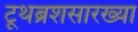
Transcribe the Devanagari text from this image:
टूथब्रशसारख्या